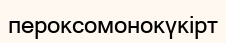
пероксомонокүкірт